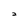
Character: 2